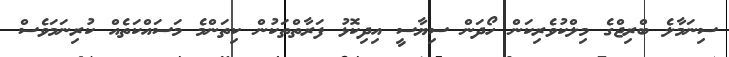
ސިނަމާލެ ބްރިޖްގެ މިލްކުވެރިކަން ހޯދަން ސިޔާސީ އިދިކޮޅު ފަރާތްތަކުން ކިތަންމެ މަސައްކަތެއް ކުރިނަމަވެސް